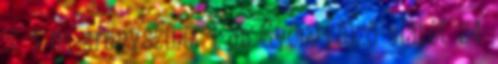
x 1 m, aranyszínű, 1 db Gyöngyfűző alátét 24